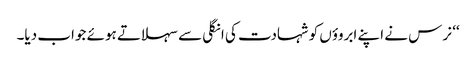
‘‘ نرس نے اپنے ابروؤں کو شہادت کی انگلی سے سہلاتے ہوئے جواب دیا۔